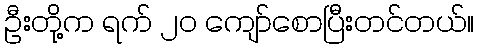
ဦးတို့က ရက် ၂၀ ကျော်စောပြီးတင်တယ်။